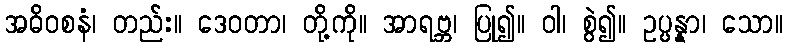
အဓိဝစနံ၊ တည်း။ ဒေဝတာ၊ တို့ကို။ အာရဗ္ဘ၊ ပြု၍။ ဝါ၊ စွဲ၍။ ဥပ္ပန္နာ၊ သော။